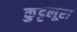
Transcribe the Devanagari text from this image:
कुट्टलूरा